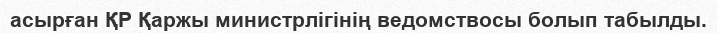
асырған ҚР Қаржы министрлігінің ведомствосы болып табылды.